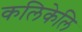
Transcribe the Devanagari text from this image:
कलिकेलि